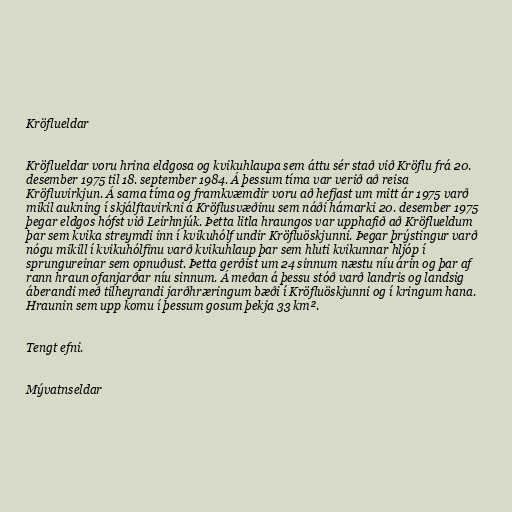
Kröflueldar

Kröflueldar voru hrina eldgosa og kvikuhlaupa sem áttu sér stað við Kröflu frá 20.
desember 1975 til 18. september 1984. Á þessum tíma var verið að reisa
Kröfluvirkjun. Á sama tíma og framkvæmdir voru að hefjast um mitt ár 1975 varð
mikil aukning í skjálftavirkni á Kröflusvæðinu sem náði hámarki 20. desember 1975
þegar eldgos hófst við Leirhnjúk. Þetta litla hraungos var upphafið að Kröflueldum
þar sem kvika streymdi inn í kvikuhólf undir Kröfluöskjunni. Þegar þrýstingur varð
nógu mikill í kvikuhólfinu varð kvikuhlaup þar sem hluti kvikunnar hljóp í
sprungureinar sem opnuðust. Þetta gerðist um 24 sinnum næstu níu árin og þar af
rann hraun ofanjarðar níu sinnum. Á meðan á þessu stóð varð landris og landsig
áberandi með tilheyrandi jarðhræringum bæði í Kröfluöskjunni og í kringum hana.
Hraunin sem upp komu í þessum gosum þekja 33 km².

Tengt efni.

Mývatnseldar